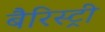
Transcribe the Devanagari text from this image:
बैरिस्ट्री